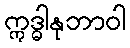
ဣဒ္ဓါနုဘာဝါ